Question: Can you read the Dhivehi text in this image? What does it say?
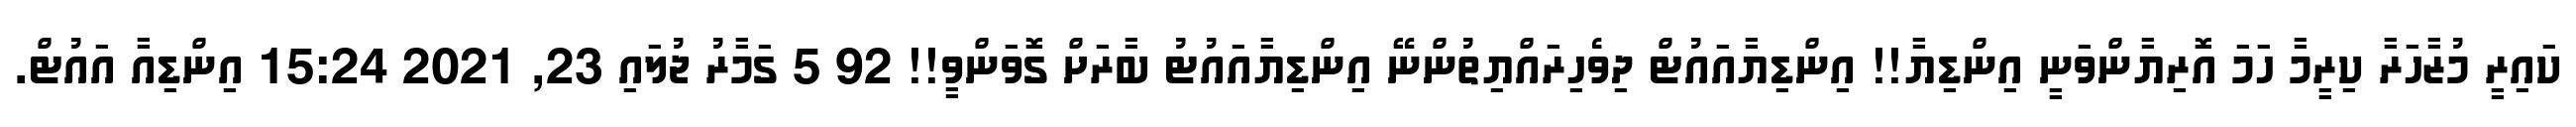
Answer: ކައިރީ މުޒާހަރާ ކިރީމާ ހަމަ އޮރިޔާންވަނީ އިންޑިޔާ!! އިންޑިޔާއައުޓް ދިވެހިރައްޔިތުންނޭ އިންޑިޔާއައުޓު ބާރަށް ގޮވަންވީ!! 92 5 ގަމާރު ޖުލައި 23, 2021 15:24 އިންޑިއާ އައުޓް.